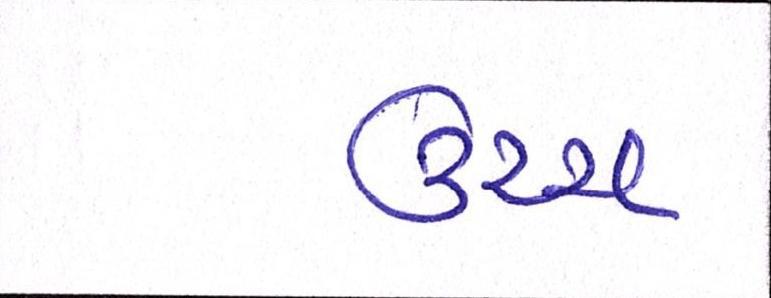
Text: ઉચ્ચ